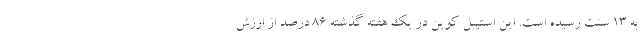
به 13 سنت رسیده است. این استیبل کوین در یک هفته گذشته 86 درصد از ارزش